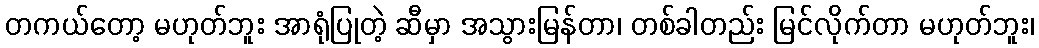
တကယ်တော့ မဟုတ်ဘူး အာရုံပြုတဲ့ ဆီမှာ အသွားမြန်တာ၊ တစ်ခါတည်း မြင်လိုက်တာ မဟုတ်ဘူး၊